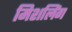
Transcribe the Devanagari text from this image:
मिशलिंग